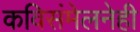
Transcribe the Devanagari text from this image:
कविसंमेलनेही